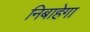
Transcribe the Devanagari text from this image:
निबाहेगा